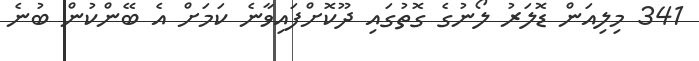
341 މިލިއަން ޑޮލަރު ލޯނުގެ ގޮތުގައި ދޫކޮށްފައިވާނެ ކަމަށް އެ ބޭންކުން ބުނެ